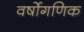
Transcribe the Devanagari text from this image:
वर्षोगणिक